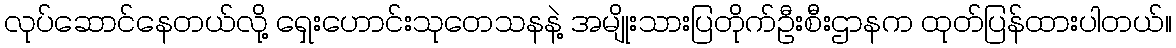
လုပ်ဆောင်နေတယ်လို့ ရှေးဟောင်းသုတေသနနဲ့ အမျိုးသားပြတိုက်ဦးစီးဌာနက ထုတ်ပြန်ထားပါတယ်။